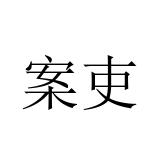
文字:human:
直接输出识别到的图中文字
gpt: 案吏